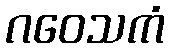
ဂဝေသကံ